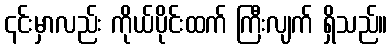
၎င်းမှာလည်း ကိုယ်ပိုင်းထက် ကြီးလျက် ရှိသည်။